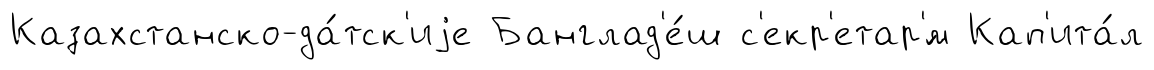
Казахстанско-да́тск'иjе Банглад'е́ш с'екр'етар'́м Кап'ита́л